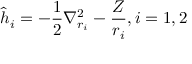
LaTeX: { \hat { h } } _ { i } = - { \frac { 1 } { 2 } } \nabla _ { r _ { i } } ^ { 2 } - { \frac { Z } { r _ { i } } } , i = 1 , 2